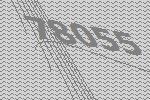
78055